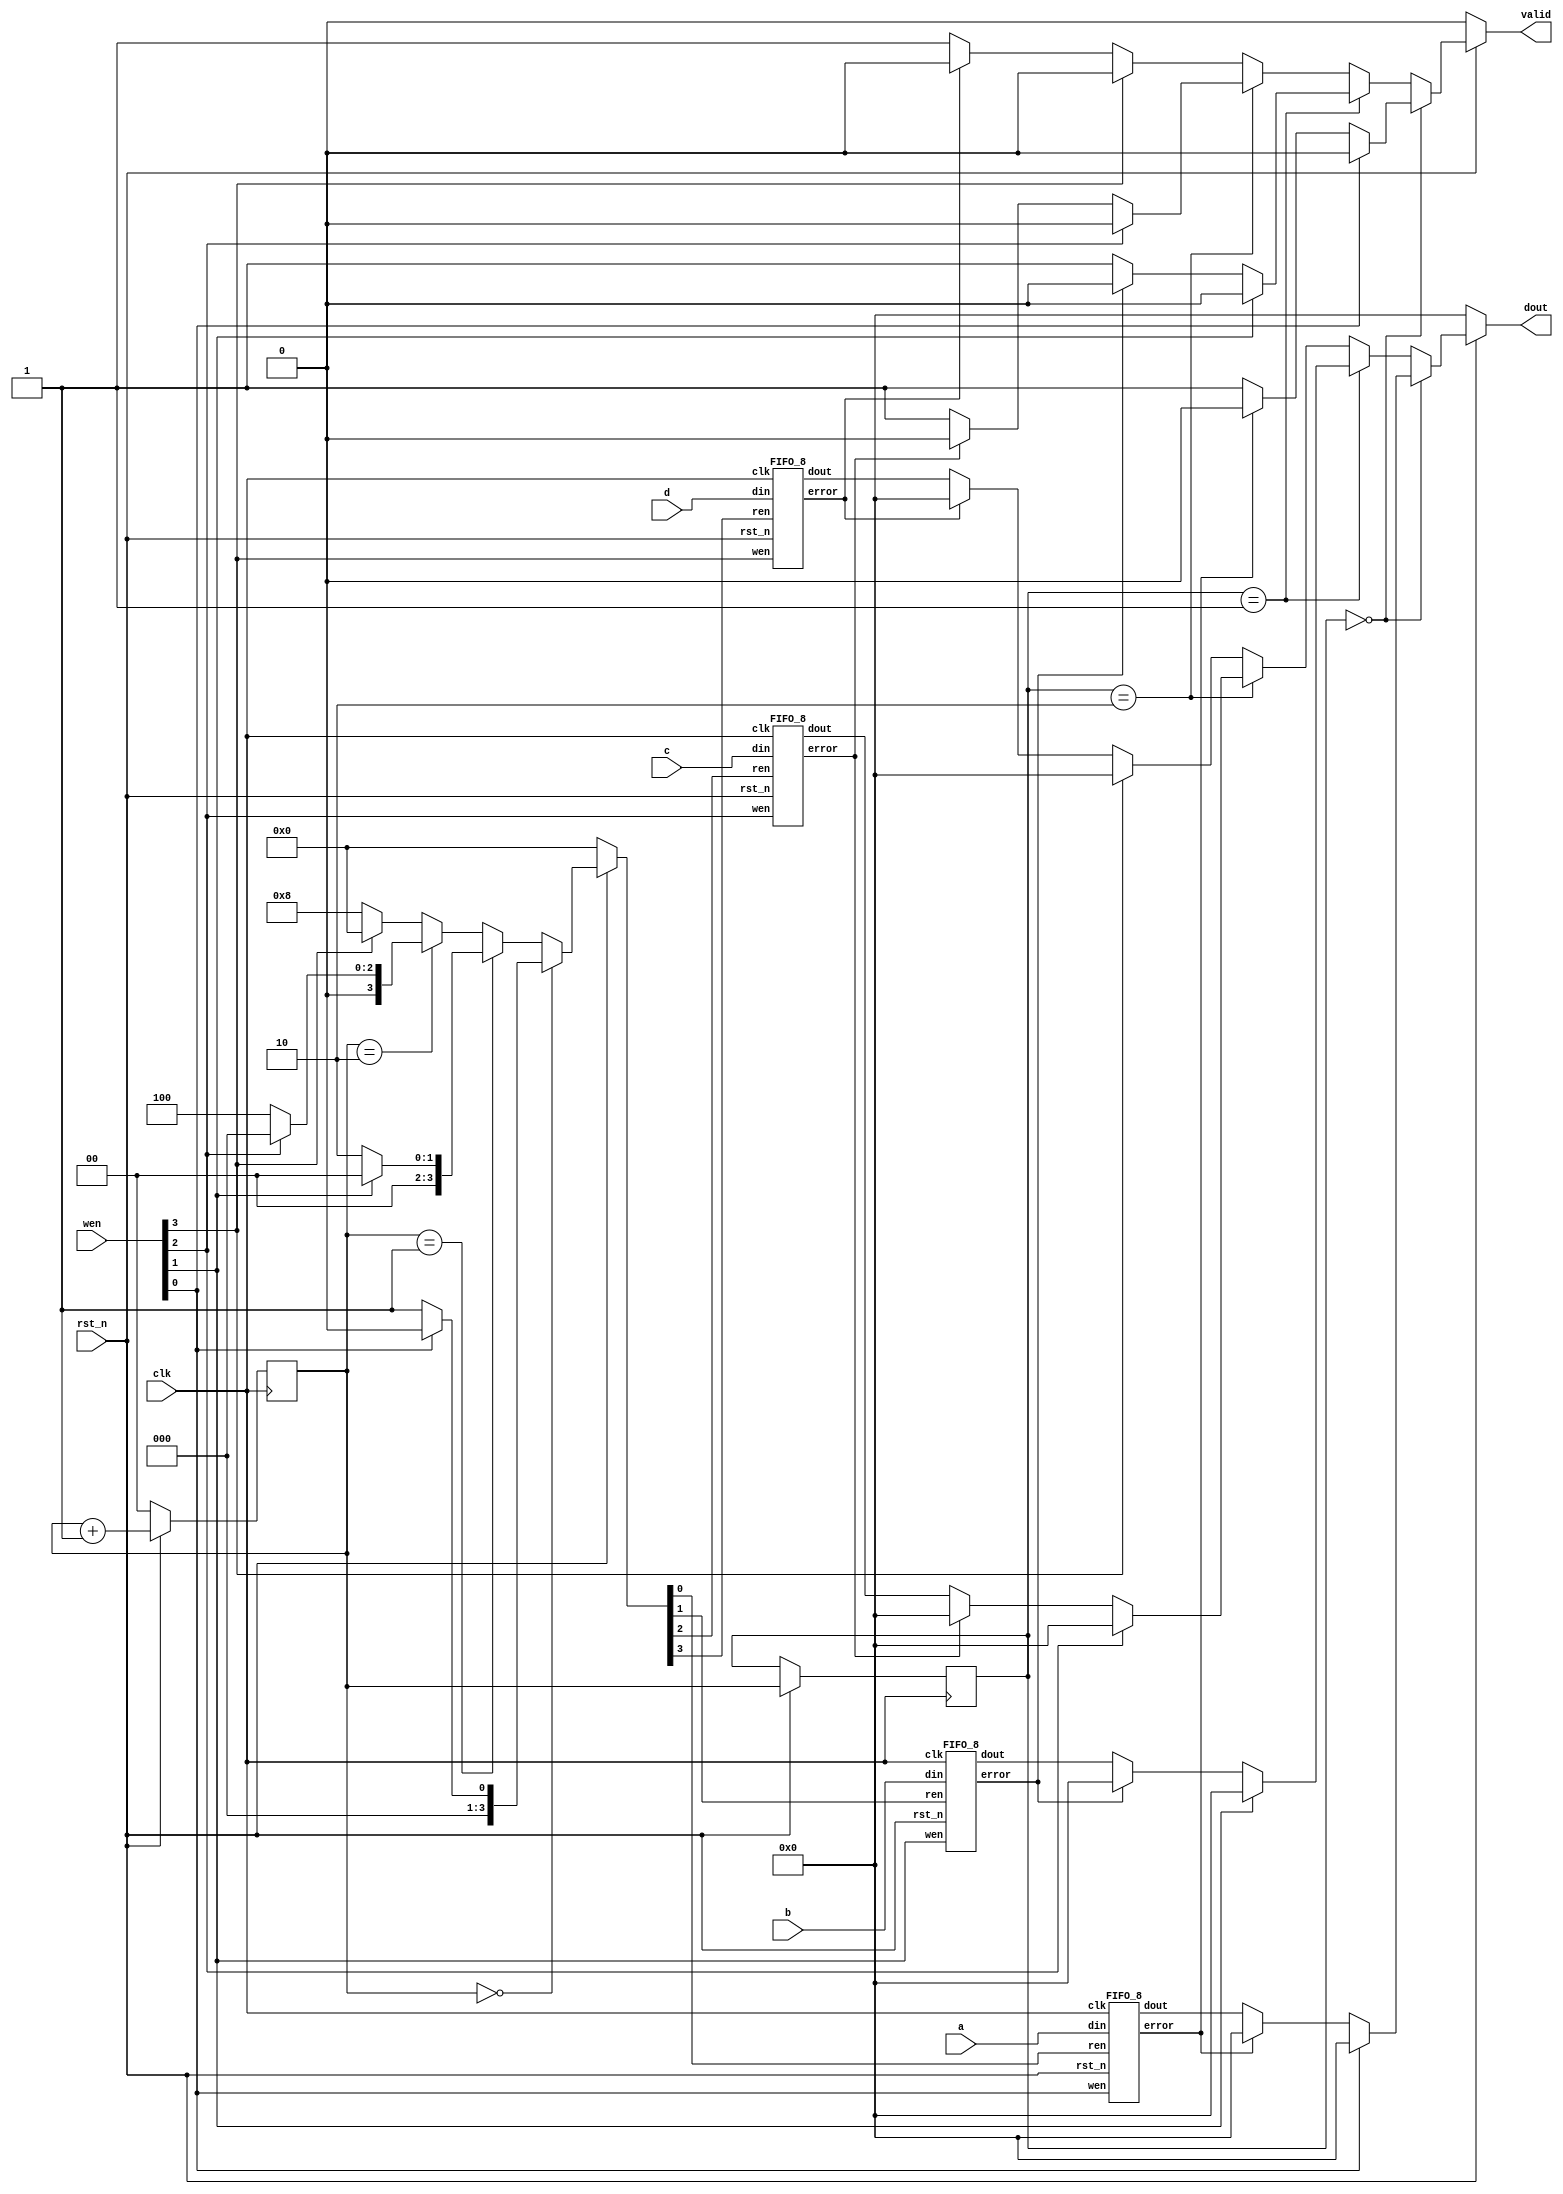
`timescale 1ns/1ps

module Round_Robin_FIFO_Arbiter(clk, rst_n, wen, a, b, c, d, dout, valid);
input clk;
input rst_n;
input [4-1:0] wen;
input [8-1:0] a, b, c, d;
output [8-1:0] dout;
output valid;
//reg rstn_state;
//reg [4-1:0] wen_state;
reg [4-1:0] ren;
wire [8-1:0] temp_dout [4-1:0];
wire [4-1:0] temp_error;
reg [2-1:0] state;
reg [2-1:0] fifo_read_state;
reg [2-1:0] fifo_output_state;
reg [8-1:0] dout;
reg valid;
always @(posedge clk)begin
    if(!rst_n)begin
        fifo_read_state <= 2'b00;
        //rstn_state <= rst_n;
    end

    else begin
        
        fifo_read_state <= fifo_read_state + 2'b01;
        fifo_output_state <= fifo_read_state;
        //rstn_state <= rst_n;
        //wen_state <= wen;
    end
end


//ren generator
//read by arbiter or write data --> choose write data
always @(fifo_read_state or wen)begin
    if(!rst_n)begin
        ren = 4'b0000;
    end

    else begin
        if(fifo_read_state == 2'b00)begin
            if(wen[0])ren = 4'b0000;
            else ren = 4'b0001;
        end

        else if(fifo_read_state == 2'b01)begin
            if(wen[1])ren = 4'b0000;
            else ren = 4'b0010;
        end

        else if(fifo_read_state == 2'b10)begin
            if(wen[2])ren = 4'b0000;
            else ren = 4'b0100;
        end

        else begin
            if(wen[3])ren = 4'b0000;
            else ren = 4'b1000;
        end
    end
    
    
end

//decide output
always @(temp_dout[0] or temp_dout[1] or temp_dout[2] or temp_dout[3] or temp_error)begin
    if(!rst_n)begin
        valid = 1'b0;
        dout = 8'b0;
    end

    else begin
        if(fifo_output_state == 2'b00)begin
            if(wen[0])begin
                valid = 1'b0;
                dout = 8'b0;
            end
            else begin
                if(temp_error[0])begin
                    valid = 1'b0;
                    dout = 8'b0;
                end

                else begin
                    valid = 1'b1;
                    dout = temp_dout[0];
                end
            end
            
        end

        else if(fifo_output_state == 2'b01)begin
            if(wen[1])begin
                valid = 1'b0;
                dout = 8'b0;
            end
            else begin
                if(temp_error[1])begin
                    valid = 1'b0;
                    dout = 8'b0;
                end

                else begin
                    valid = 1'b1;
                    dout = temp_dout[1];
                end
            end
        end

        else if(fifo_output_state == 2'b10)begin
            if(wen[2])begin
                valid = 1'b0;
                dout = 8'b0;
            end
            else begin
                if(temp_error[2])begin
                    valid = 1'b0;
                    dout = 8'b0;
                end

                else begin
                    valid = 1'b1;
                    dout = temp_dout[2];
                end
            end
        end

        else begin
            if(wen[3])begin
                valid = 1'b0;
                dout = 8'b0;
            end
            else begin
                if(temp_error[3])begin
                    valid = 1'b0;
                    dout = 8'b0;
                end

                else begin
                    valid = 1'b1;
                    dout = temp_dout[3];
                end
            end
        end
    end
end

FIFO_8 f0(clk, rst_n, wen[0], ren[0], a, temp_dout[0], temp_error[0]);
FIFO_8 f1(clk, rst_n, wen[1], ren[1], b, temp_dout[1], temp_error[1]);
FIFO_8 f2(clk, rst_n, wen[2], ren[2], c, temp_dout[2], temp_error[2]);
FIFO_8 f3(clk, rst_n, wen[3], ren[3], d, temp_dout[3], temp_error[3]);


endmodule

module FIFO_8(clk, rst_n, wen, ren, din, dout, error);
input clk;
input rst_n;
input wen, ren;
input [8-1:0] din;
output [8-1:0] dout;
output error;
reg [3-1:0] read_ptr;
reg [3-1:0] write_ptr;
reg [4-1:0] full_space;
reg [8-1:0] Mem [8-1:0];
reg [8-1:0] dout;
reg error;

reg [3-1:0] next_read_ptr;
reg [3-1:0] next_write_ptr;
reg [4-1:0] next_full_space;
reg [8-1:0] next_dout;
reg next_error;
always @(posedge clk)begin
    if(!rst_n)begin
        read_ptr <= 3'b000;
        write_ptr <= 3'b000;
        full_space <= 4'b0000;
        dout <= 8'b0;
        error <= 1'b0;
    end

    else begin
        read_ptr <= next_read_ptr;
        write_ptr <= next_write_ptr;
        full_space <= next_full_space;
        dout <= next_dout;
        error <= next_error;
    end
end

always @(*)begin
    //error check
        //(1,1), (1,0), (0,1)
        if(ren == 1 || wen == 1)begin
            //(1,1), (1,0)
            if(ren)begin
                //read empty
                if(full_space == 4'b0000)begin
                    next_error = 1'b1;
                    next_dout = 8'b0;
                    next_read_ptr = read_ptr;
                    next_write_ptr = write_ptr;
                    next_full_space = full_space;
                end
                //correct
                else begin
                    next_error = 1'b0;
                    next_dout = Mem[read_ptr];
                    next_read_ptr = read_ptr + 3'b001;
                    next_write_ptr = write_ptr;
                    next_full_space = full_space - 4'b0001;
                end
            end
            //(0,1)
            else begin
                //write full
                if(full_space == 4'b1000)begin
                    next_error = 1'b1;
                    next_dout = 8'b0;
                    next_read_ptr = read_ptr;
                    next_write_ptr = write_ptr;
                    next_full_space = full_space;
                end

                else begin
                    next_error = 1'b0;
                    next_dout = 8'b0;
                    Mem[write_ptr] = din;
                    next_read_ptr = read_ptr;
                    next_write_ptr = write_ptr + 3'b001;
                    next_full_space = full_space + 4'b0001;
                end
            end
        end

        else begin
            next_error = 1'b0;
            next_dout = 8'b0;
            next_read_ptr = read_ptr;
            next_write_ptr = write_ptr;
            next_full_space = full_space;
        end
end
endmodule